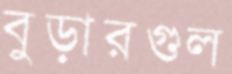
বুড়ারগুল